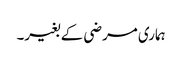
ہماری مرضی کے بغیر۔